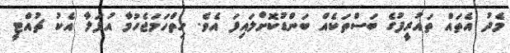
މެދު އެތައް ތައުރީފުގެ ބަސްތަކެއް ބަންޑުކޮށްލައިފަ އެވެ. ހިތްހަމަޖެހުމާ އުފަލާ އެކު ޗުއްޓީ